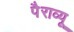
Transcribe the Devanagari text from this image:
पैराव्यू